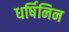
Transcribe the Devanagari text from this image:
धर्षिनिन